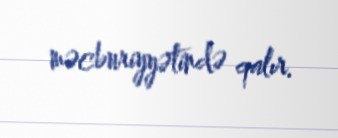
məcburiyyətində qalır.